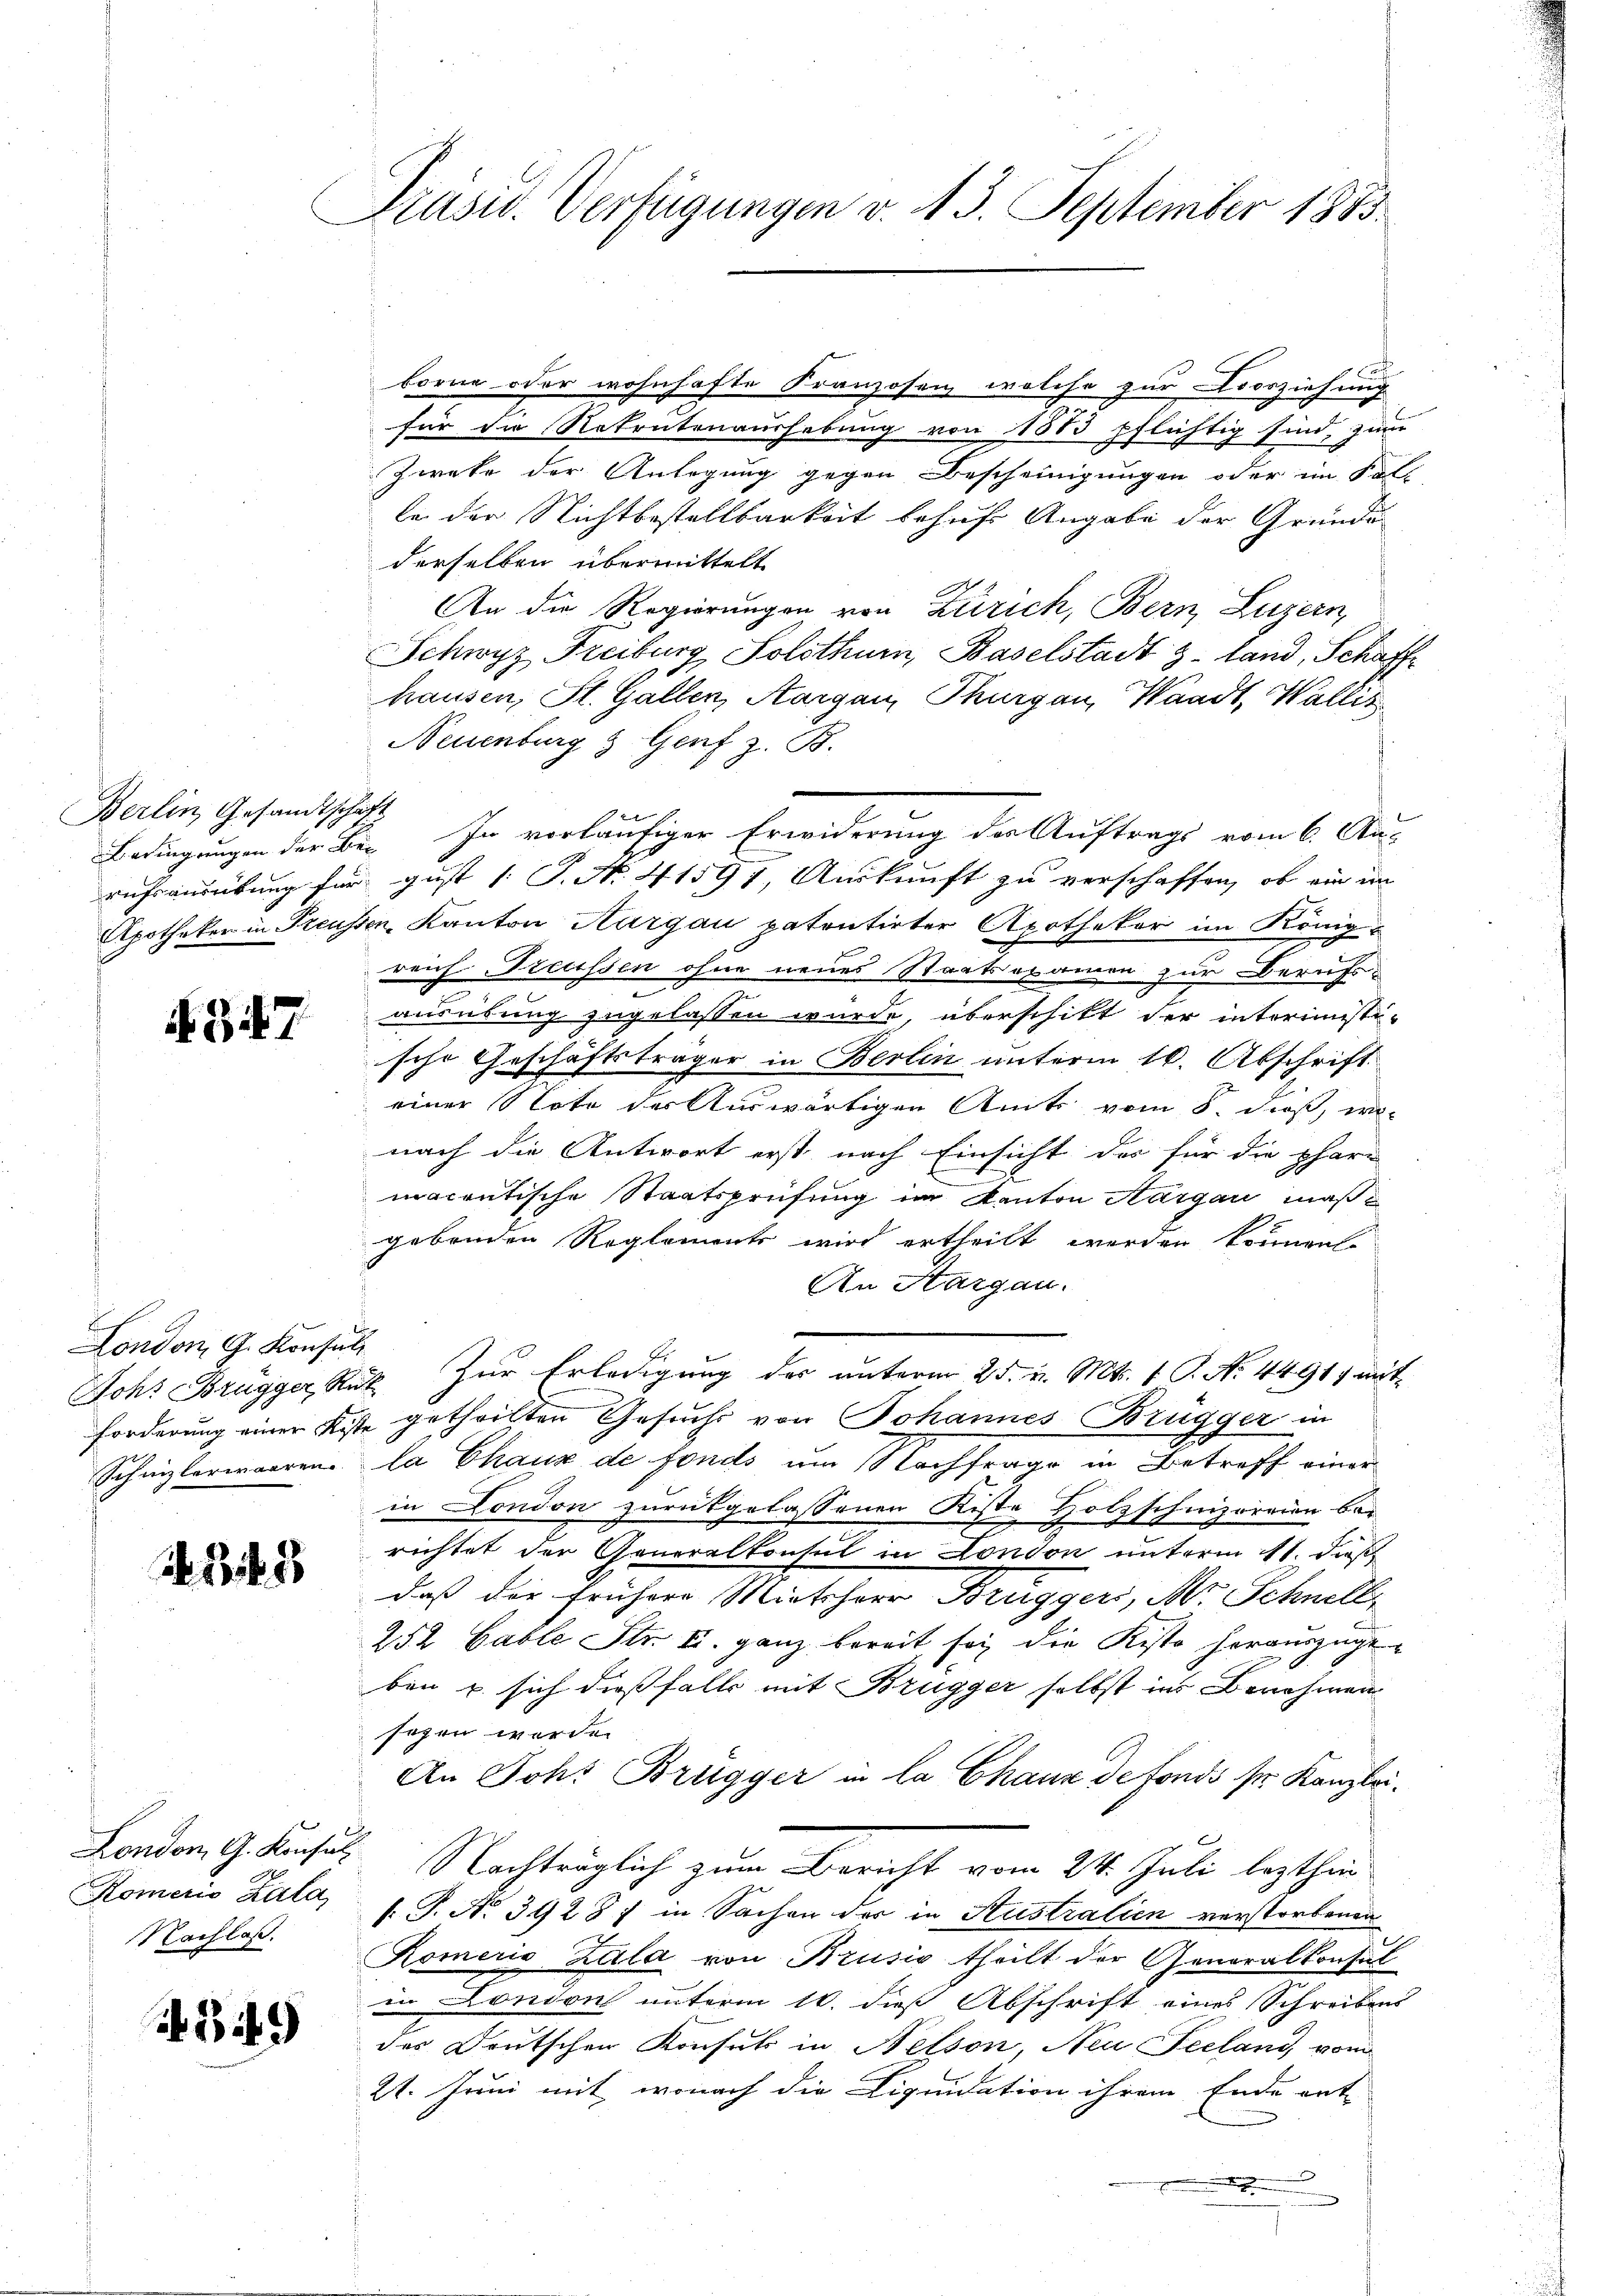
Berlin Gesandtschaft

347

London, G. Konsul

2 848

Komcrio Zala,
Nachlaß.

349)

Präsid. Verfügungen v. 13. September 1883

borne oder wohnhafte Kranzosen welche zur Vorziehung
für die Rekrutenaushebung von 1883 pflichtig sind, zum
Zweke der Anlegung gegen Bescheinigungen oder im Soll
le der Nichtbestellbarkeit behufs Angabe der Gründe
derselben übermittelt
An die Regierungen von Zürich, Bern, Luzern,
Schwyz Freiburg Solothur, Baselstadt z. land, Schaffhausen, St. Gallen, Aargau, Thurgau, Waadt, Wallis
Neuenburg & Genf z. B.
Bedingungen der B. In vorläufiger Erwiderung der Auftrags vom 6. Aurufsausübung für gust 1 S. No. 41597, Auskunft zu verschaffen, ob ein in
Apotheken in Treussen, Kanton Aargau patentirter Apothekar im Königreich Treussen ohne neues Staatsexamen zur Berufs-
ausübung zugelassen würde, überschikt der interimisti-
scho Geschäftsträger in Berlin unterm 16. Abschrift
einer Note der Auswärtigen Amts vom 8. dieß, wo-
nach die Antwort erst nach Einsicht des für die phari
macretische Staatsprüfung im Kanton Aargau maßgebenden Reglements wird ertheilt werden können.
An Hargau.
Johr Brügger, Ruk. Zur Erledigung der unterm 25. v. Mts. 1. P. Nr. 4491, mit
forderung einer Kiste getheilten Gesuchs von Johannes Brügger in
Schnizlerwaaren la Chaux de fonds um Nachfrage in Betreff einer
in London zurückgelassenen Kiste Holzschnizoreien bei
richtet der Generalkonsul in London unterm 11. dieß
daß der frühere Mietherr Bruggers, Mr. Schnell
252 Gable Str. I. ganz bereit sei die Kiste herauszugeben u. sich dießfalls mit Brügger selbst ins Benehmen
sagen werde.
An Joh. Brügger in la Chaux de fonds sr. Kanzlei¬
London. G. Konst Nachträglich zum Bericht vom 24. Juli lezthin
[T. No 3928; in Sachen der in Australien verstorbenen
Komeris Zala von Brusio theilt der Generalkonsul
in London unterm 16. dieß Abschrift eines Schreiben
des Deutschen Konsul in Nelson, Neu Seeland, vom
21. Juni mit, wonach die Liquidation ihrem Ende ent
n
u